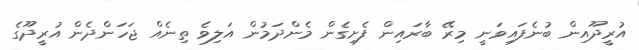
އުރީދޫއިން ބުނެފައިވަނީ މިރޭ ބާރައިން ފެށިގެން މެންދަމުން އަލިވެ ތިނެއް ޖަހަންދެން އުރީދޫގެ